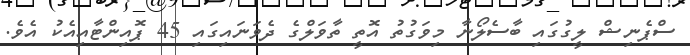
ސްޕެނިޝް ލީގުގައި ބާސެލޯނާ މިވަގުތު އޮތީ ތާވަލްގެ ދެވަނައިގައި 45 ޕޮއިންޓާއިއެކު އެވެ.